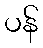
ပန်